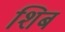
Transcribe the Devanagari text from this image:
शिब